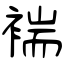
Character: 褍